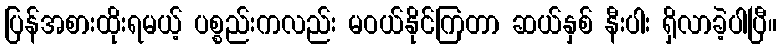
ပြန်အစားထိုးရမယ့် ပစ္စည်းကလည်း မဝယ်နိုင်ကြတာ ဆယ်နှစ် နီးပါး ရှိလာခဲ့ပါပြီ။